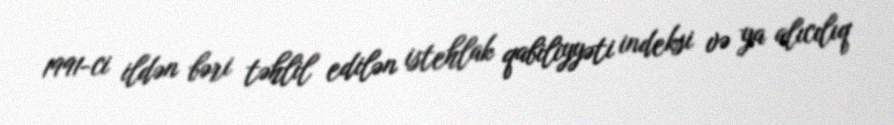
1991-ci ildən bəri təhlil edilən istehlak qabiliyyəti indeksi və ya alıcılıq